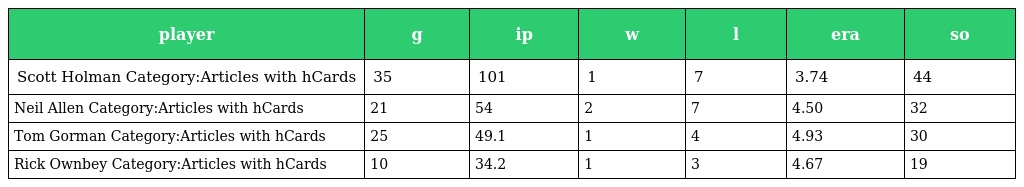
| player | g | ip | w | l | era | so |
 | --- | --- | --- | --- | --- | --- | --- |
 | Scott Holman Category:Articles with hCards | 35 | 101 | 1 | 7 | 3.74 | 44 |
 | Neil Allen Category:Articles with hCards | 21 | 54 | 2 | 7 | 4.50 | 32 |
 | Tom Gorman Category:Articles with hCards | 25 | 49.1 | 1 | 4 | 4.93 | 30 |
 | Rick Ownbey Category:Articles with hCards | 10 | 34.2 | 1 | 3 | 4.67 | 19 |